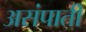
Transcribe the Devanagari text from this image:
असंपाती